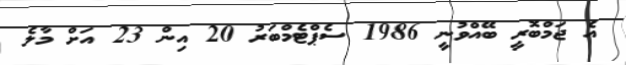
އެ ޖަމްބޮރީ ބޭއްވުނީ 1986 ސެޕްޓެމްބަރު 20 އިން 23 އަށް މާލެ